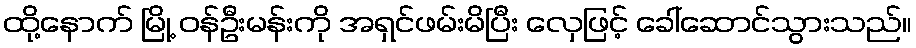
ထို့နောက် မြို့ ဝန်ဦးမန်းကို အရှင်ဖမ်းမိပြီး လှေဖြင့် ခေါ်ဆောင်သွားသည်။